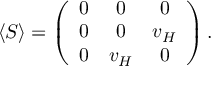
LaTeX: \langle S \rangle = \left( \begin{array} { c c c } { { 0 } } & { { 0 } } & { { 0 } } \\ { { 0 } } & { { 0 } } & { { v _ { H } } } \\ { { 0 } } & { { v _ { H } } } & { { 0 } } \end{array} \right) .